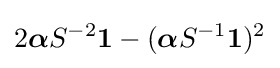
2{\boldsymbol {\alpha }}{S}^{-2}\mathbf {1} -({\boldsymbol {\alpha }}{S}^{-1}\mathbf {1} )^{2}